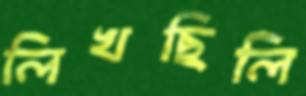
লিখছিলি